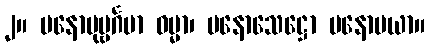
၂။ မနောပုဗ္ဗင်္ဂမာ ဓမ္မာ၊ မနောသေဋ္ဌော မနောမယာ။